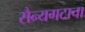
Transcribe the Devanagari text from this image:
सैन्यगटाचा